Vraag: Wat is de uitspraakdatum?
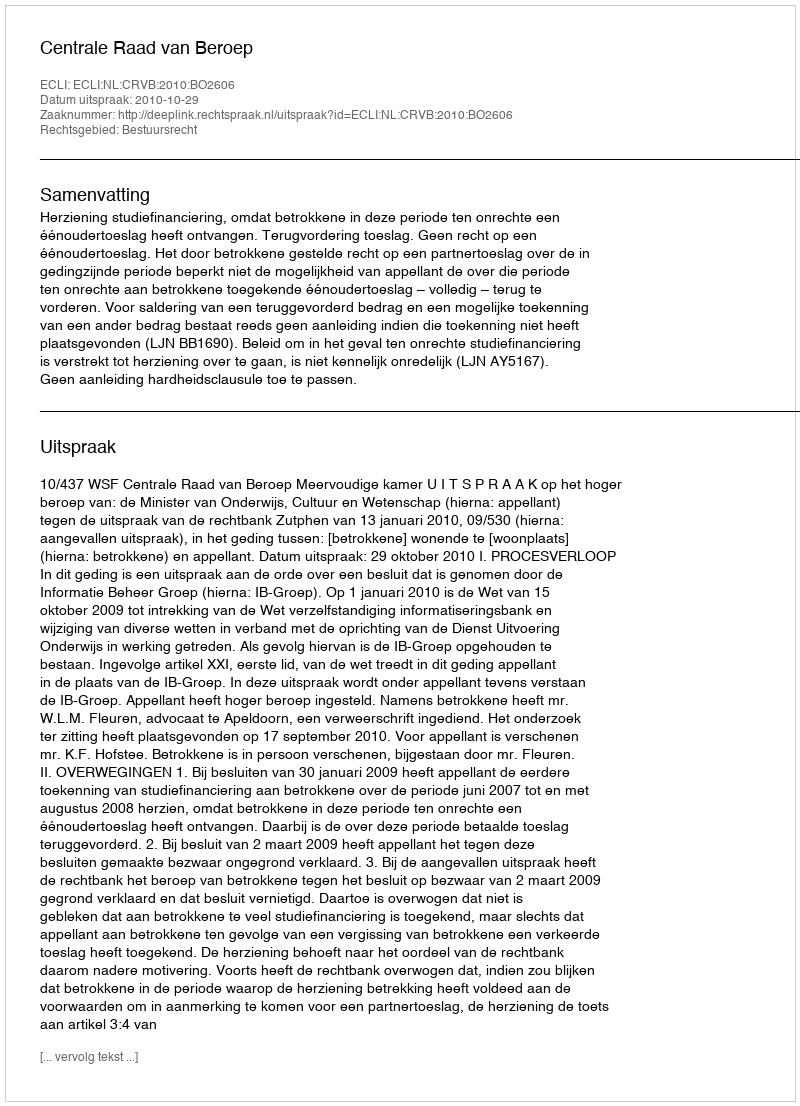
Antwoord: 2010-10-29